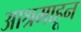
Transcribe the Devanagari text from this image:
आश्रमाहून